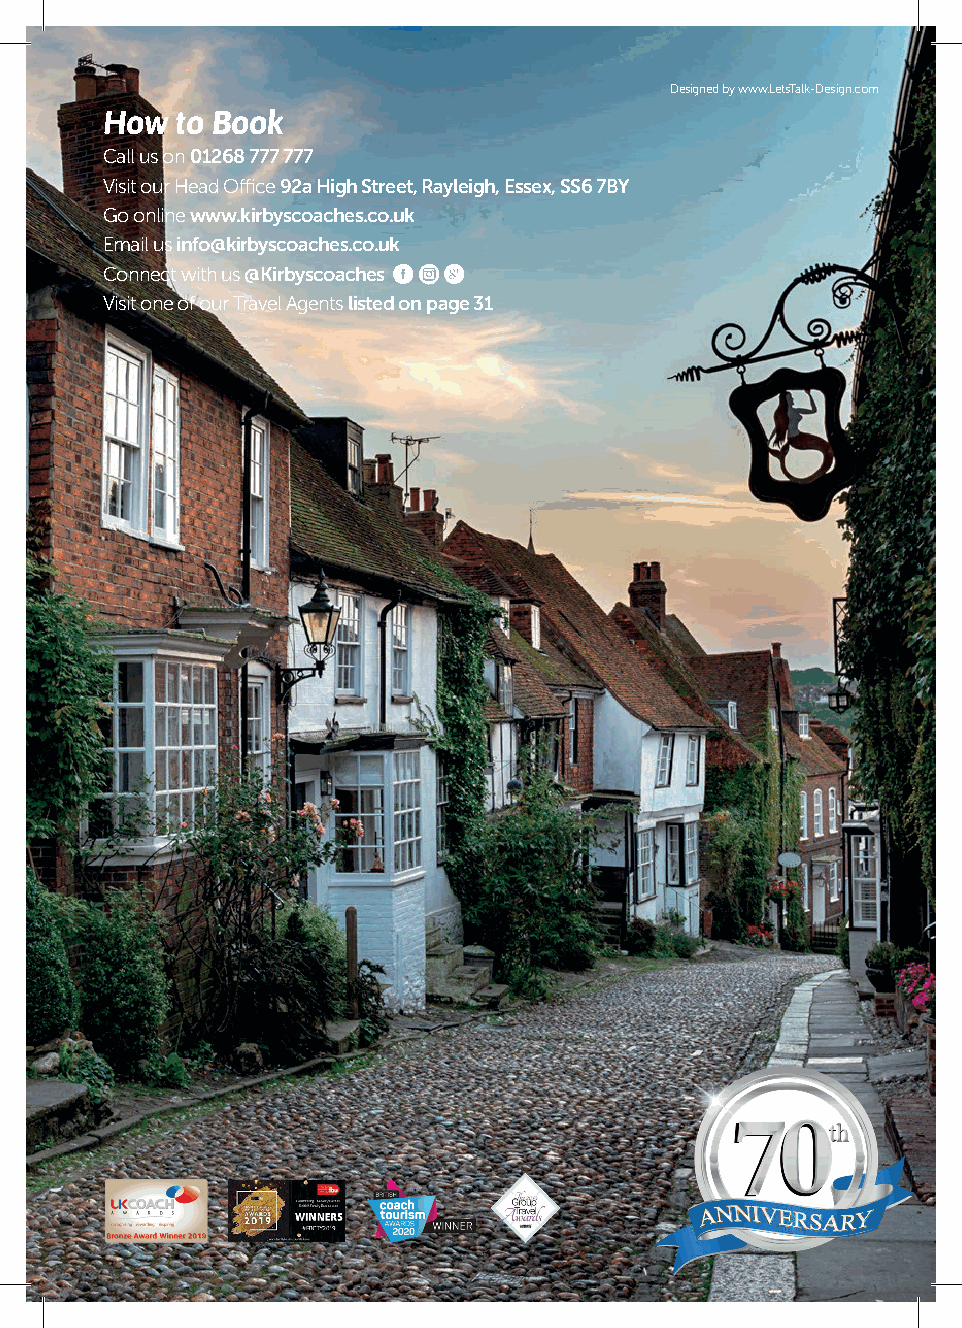
Designed by www.LetsTalk-Design.com
 How  to Book
 Call us on 01268 777 777
 Visit our Head Office 92a High Street, Rayleigh, Essex, SS6 7BY
 Go online www.kirbyscoaches.co.uk
 Email us info@kirbyscoaches.co.uk
 BVC
 Connect with us @Kirbyscoaches
 Visit one of our Travel Agents listed on page 31
 32